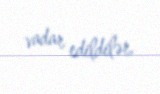
vadar edildilər.